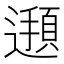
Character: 𮟖